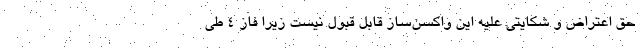
حق اعتراض و شکایتی علیه این واکسن‌ساز قابل قبول نیست زیرا فاز ۴ طی